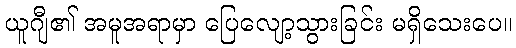
ယူဂျီ၏ အမူအရာမှာ ပြေလျော့သွားခြင်း မရှိသေးပေ။